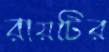
রায়টির